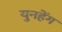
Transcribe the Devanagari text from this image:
युनहेंग